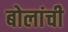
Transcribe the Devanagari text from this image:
बोलांची